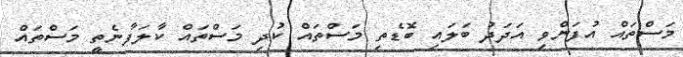
މަސްތައް އުފަންވި އަދަދު ބަލައި ބޮޑެތި މަސްތައް ކުދި މަސްތައް ކާލަފާނެތީ މަސްތައް